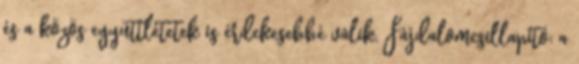
és a közös együttlétetek is érdekesebbé válik. Fájdalomcsillapító: a